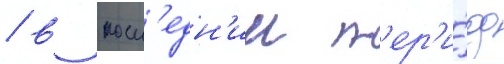
/ в посл'едн'ии п'ер'и́од